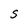
Character: S